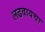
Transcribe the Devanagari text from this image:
लढवायचा